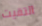
التقيت